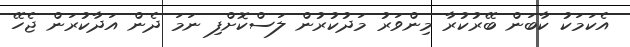
އެކަމަކު ކާބަން ބޭރުކުރާ މިންވަރު މަދުކުރުން ލަސްކޮށްފި ނަމަ ދެން އަދާކުރަން ޖެހޭ